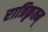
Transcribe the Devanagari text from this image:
रात्रिकृतम्‌